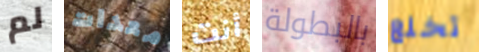
لم معدات أنت بالبطولة تخلع